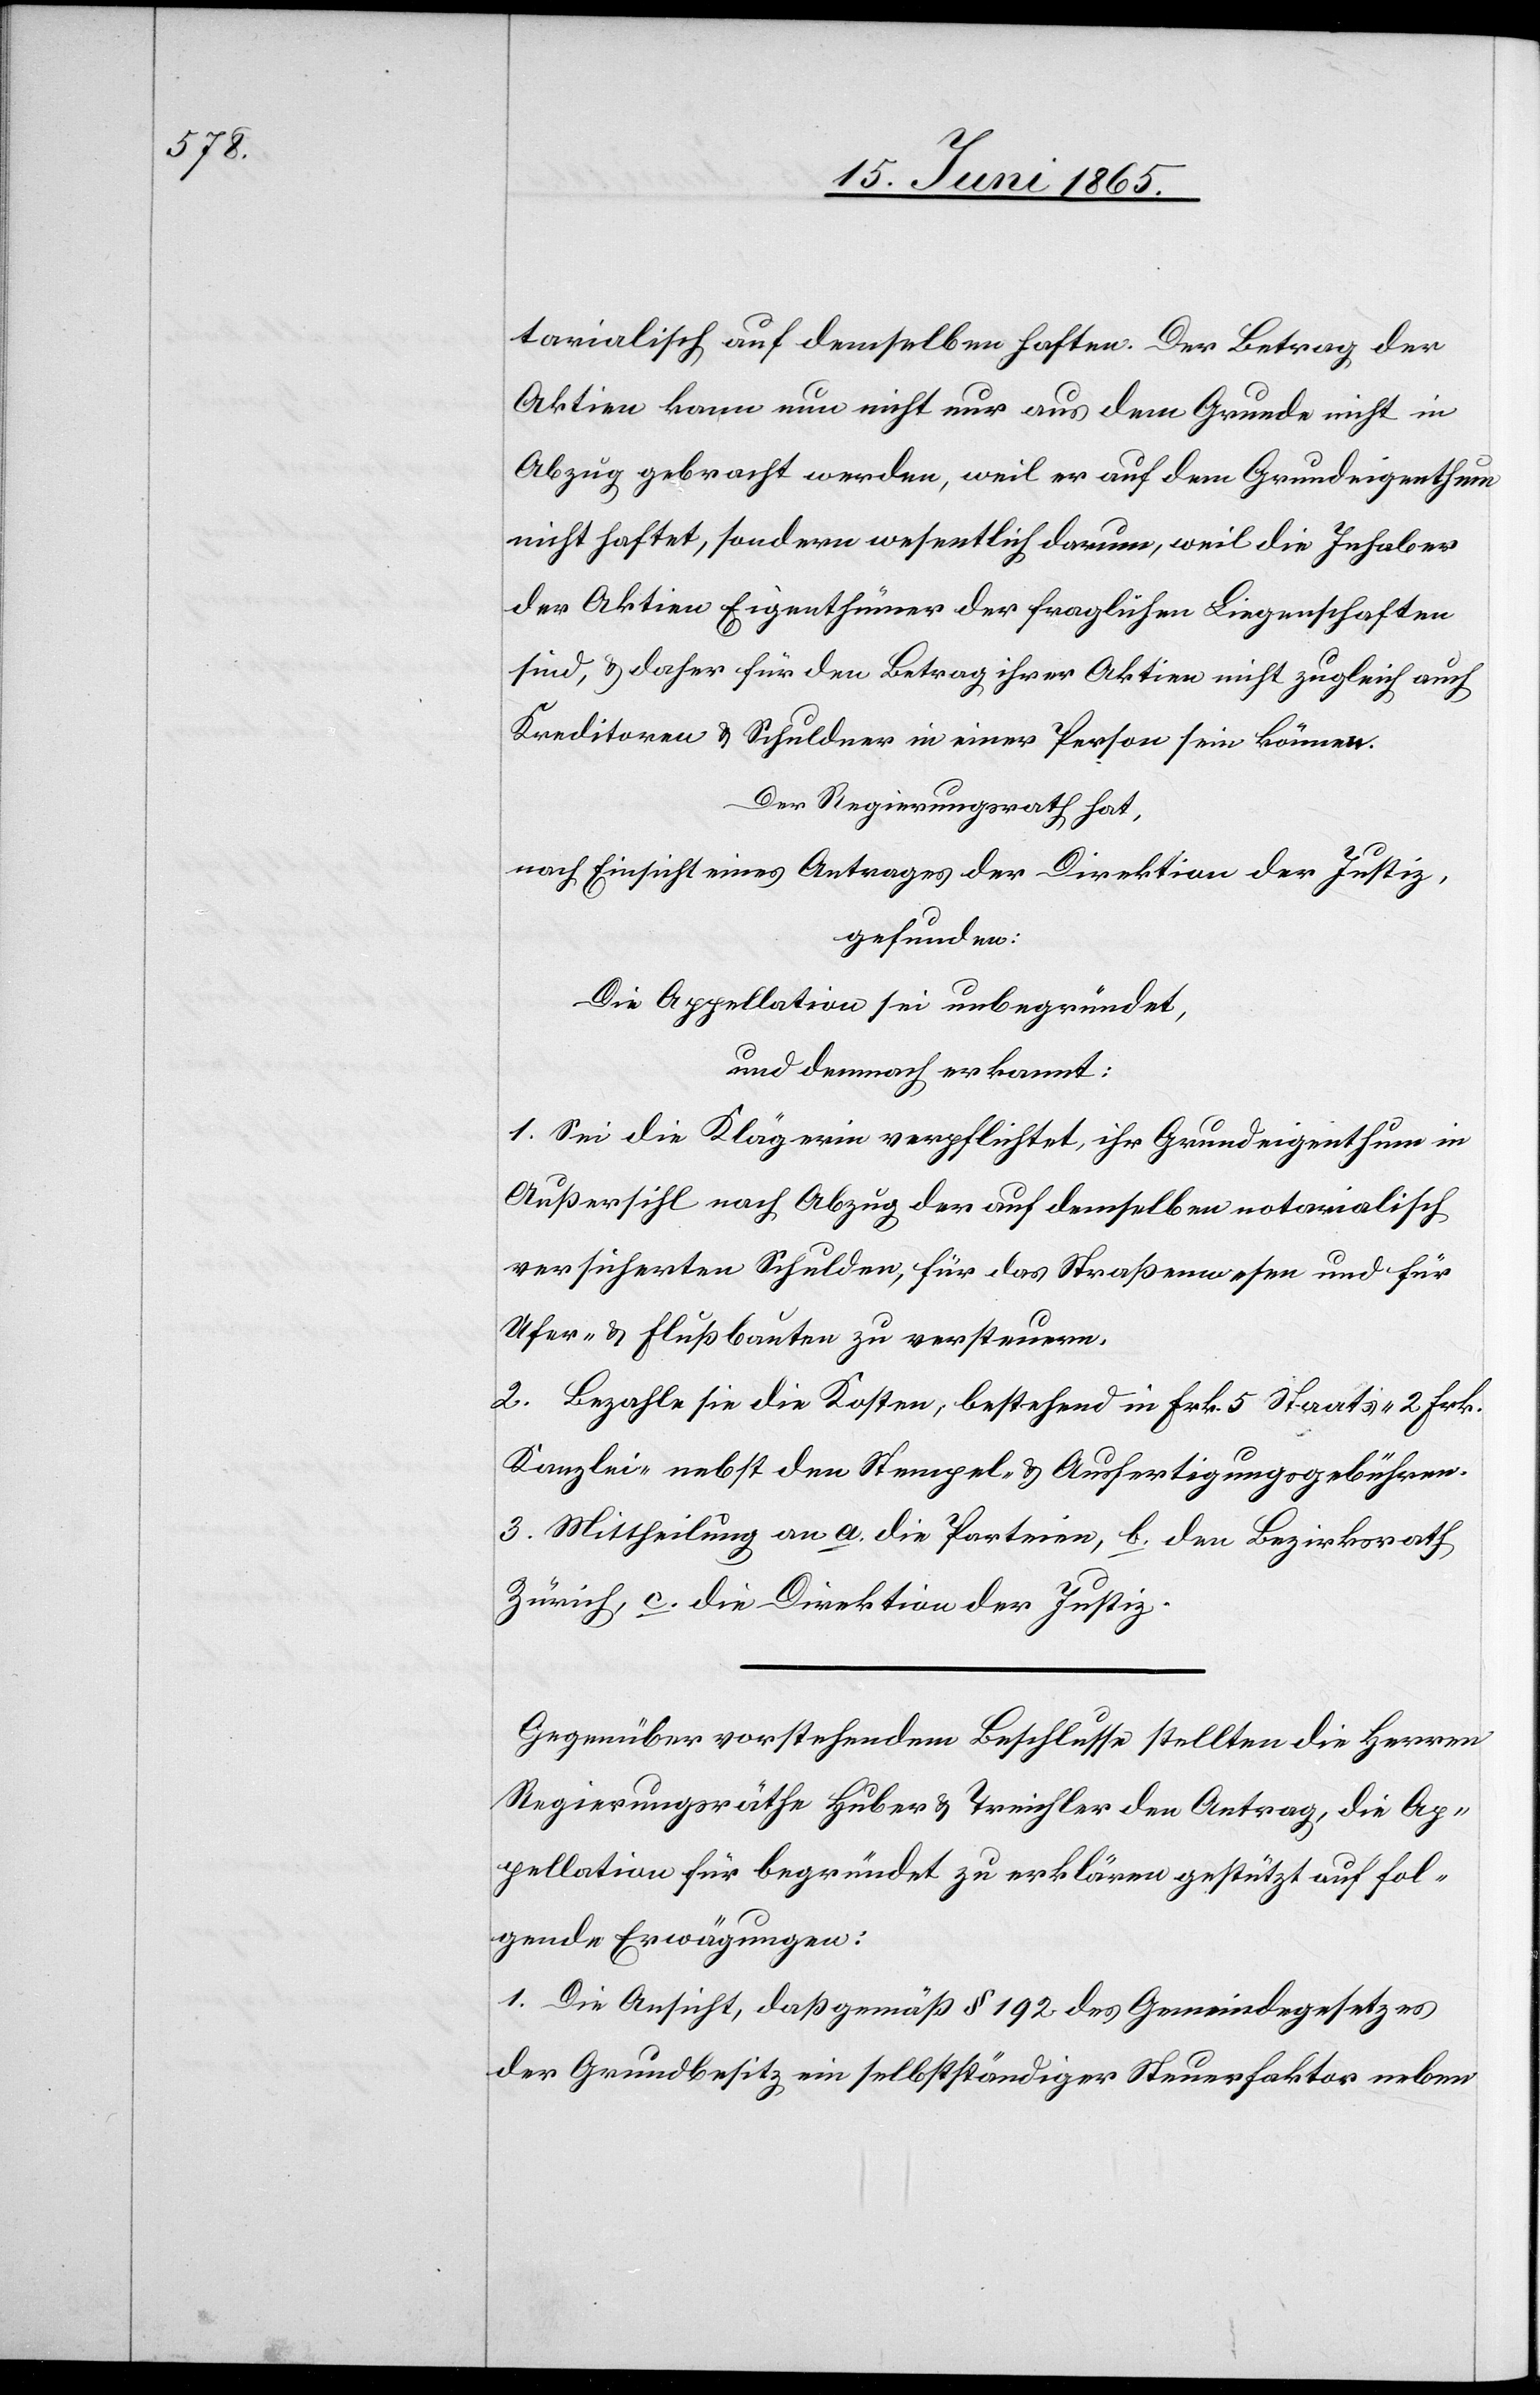
tarialisch auf demselben haften. Der Betrag der
Aktien kann nun nicht nur aus dem Grunde nicht in
Abzug gebracht werden, weil er auf dem Grundeigenthum
nicht haftet, sondern wesentlich darum, weil die Inhaber
der Aktien Eigenthümer der fraglichen Liegenschaften
sind, & daher für den Betrag ihrer Aktien nicht zugleich auch
Kreditoren & Schuldner in einer Person sein können.
Der Regierungsrath hat,
nach Einsicht eines Antrages der Direktion der Justiz,
gefunden:
Die Appellation sei unbegründet,
und demnach erkannt:
1. Sei die Klägerin verpflichtet, ihr Grundeigenthum in
Außersihl nach Abzug der auf demselben notarialisch
versicherten Schulden, für das Straßenwesen und für
Ufer- & Flußbauten zu versteuern.
2. Bezahle sie die Kosten, bestehend in Frk. 5 Staats-[,] 2 Frk.
Kanzlei- nebst den Stempel- & Ausfertigungsgebühren.
3. Mittheilung an a. die Parteien, b. den Bezirksrath
Zürich, c die Direktion der Justiz.
Gegenüber vorstehendem Beschlusse stellten die Herren
Regierungsräthe Huber & Treichler den Antrag, die Ap¬
pellation für begründet zu erklären gestützt auf fol¬
gende Erwägungen:
1. Die Ansicht, daß gemäß § 192 des Gemeindegesetzes
der Grundbesitz ein selbstständiger Steuerfaktor neben